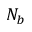
N _ { b }